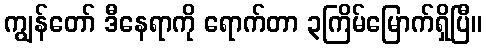
ကျွန်တော် ဒီနေရာကို ရောက်တာ ၃ကြိမ်မြောက်ရှိပြီ။